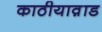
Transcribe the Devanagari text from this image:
काठीयाव़ाड